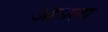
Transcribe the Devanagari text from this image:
आधला